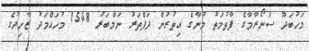
މަހުބަދޫ ސަނޯރާމާގެ ފާތުމަތު މުނާގެ އިތުރުން ދަފްތަރު ނަމްބަރު 1548 މުހައްމަދު ޒާހިދުގެ